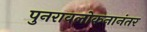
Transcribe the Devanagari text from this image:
पुनरावलोकनानंतर